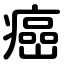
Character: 癌